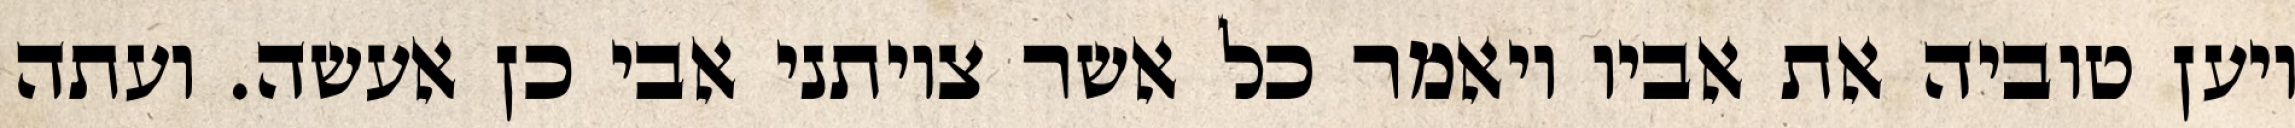
ויען טוביה את אביו ויאמר כל אשר צויתני אבי כן אעשה. ועתה